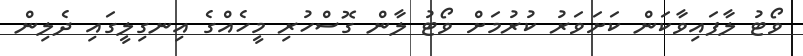
ވޯޓު ލާފައިވާކަން ކަށަވަރު ކުރުމަށް ވޯޓު ލާން ގޮސްހުރި މީހެއްގެ އިނގިލީގައި ދެލިން